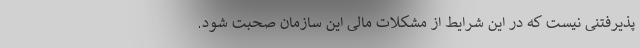
پذیرفتنی نیست که در این شرایط از مشکلات مالی این سازمان صحبت شود.